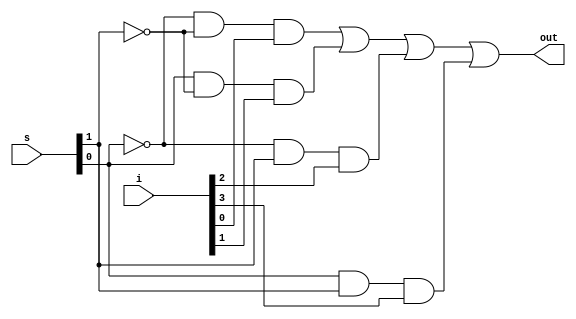
module mux_4_1 (s ,i, out);
	input [3:0]i;
	input [1:0]s;
	output out;
	wire w0, w1, w2 ,w3, s1n , s0n;
	not n1(s0n,s[0]);
	not n2(s1n,s[1]);
	and a1(w0, s0n, s1n, i[0]);
	and a2(w1, s[0], s1n, i[1]);
	and a3(w2, s0n, s[1], i[2]);
	and a4(w3, s[0], s[1], i[3]);
	or o1(out, w0, w1, w2, w3);
endmodule